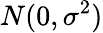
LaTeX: N(0,\sigma^{2})